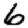
Digit: 6